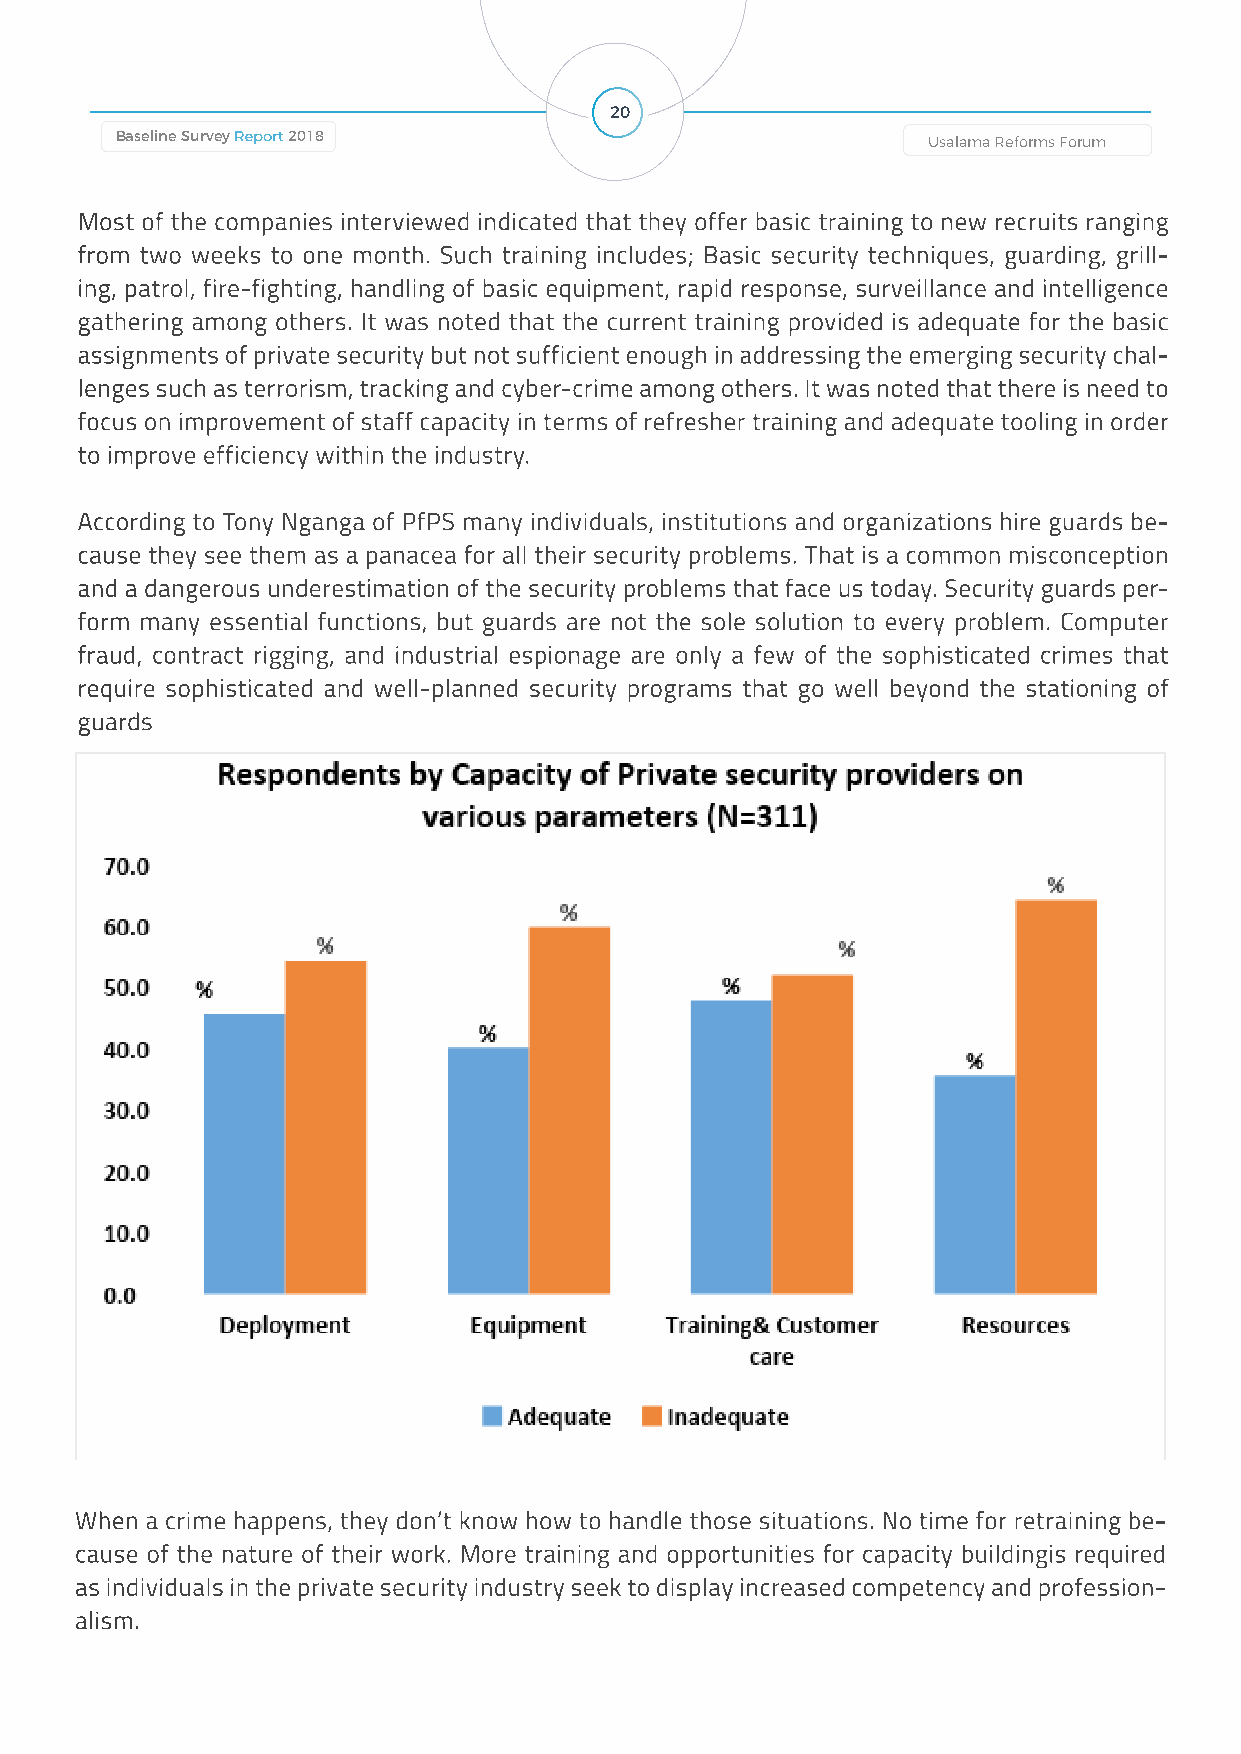
20
 Baseline Survey Report 2018                          Usalama Reforms Forum        Usalama Reforms Forum                                 Baseline Survey Report 2018
 Most of the companies interviewed indicated that they offer basic training to new recruits ranging
 from two weeks to one month. Such training includes; Basic security techniques, guarding, grill-
 ing, patrol, fire-fighting, handling of basic equipment, rapid response, surveillance and intelligence
 gathering among others. It was noted that the current training provided is adequate for the basic
 assignments of private security but not sufficient enough in addressing the emerging security chal-
 lenges such as terrorism, tracking and cyber-crime among others. It was noted that there is need to
 focus on improvement of staff capacity in terms of refresher training and adequate tooling in order
 to improve efficiency within the industry.
 According to Tony Nganga of PfPS many individuals, institutions and organizations hire guards be-
 cause they see them as a panacea for all their security problems. That is a common misconception
 and a dangerous underestimation of the security problems that face us today. Security guards per-
 form many essential functions, but guards are not the sole solution to every problem. Computer
 fraud, contract rigging, and industrial espionage are only a few of the sophisticated crimes that
 require sophisticated and well-planned security programs that go well beyond the stationing of
 guards
 When a crime happens, they don’t know how to handle those situations. No time for retraining be-
 cause of the nature of their work. More training and opportunities for capacity buildingis required
 as individuals in the private security industry seek to display increased competency and profession-
 alism.